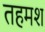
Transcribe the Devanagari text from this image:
तहमश